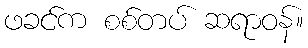
ဖခင်က စစ်တပ် ဆရာဝန်။